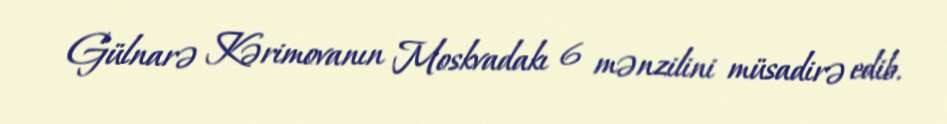
Gülnarə Kərimovanın Moskvadakı 6 mənzilini müsadirə edib.